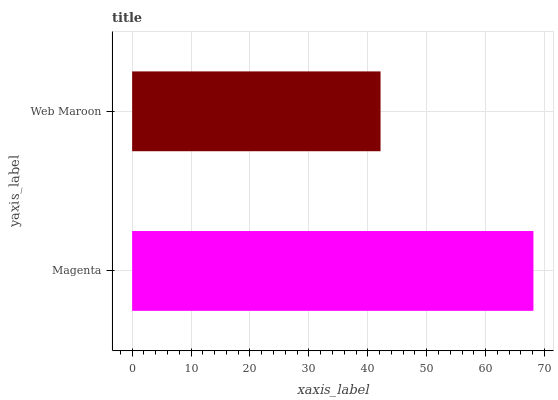
| yaxis_label | bars |
 | --- | --- |
 | Magenta | 68.1 |
 | Web Maroon | 42.2 |